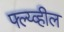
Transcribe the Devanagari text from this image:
फ्ल्य्व्हील